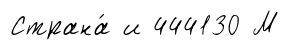
Страна́ и 444130 М